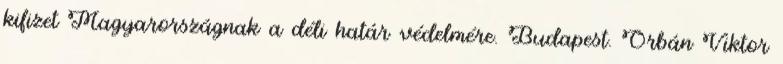
kifizet Magyarországnak a déli határ védelmére. Budapest. Orbán Viktor